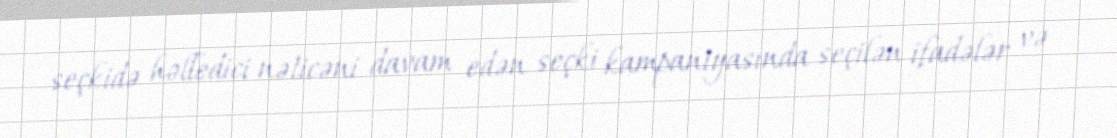
seçkidə həlledici nəticəni davam edən seçki kampaniyasında seçilən ifadələr və